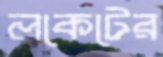
লকেটের